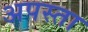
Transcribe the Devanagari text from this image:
अपस्ता